Report on the Civil Veterinary Department, Eastern Bengal and Assam - 1907-1911
Year: 1907
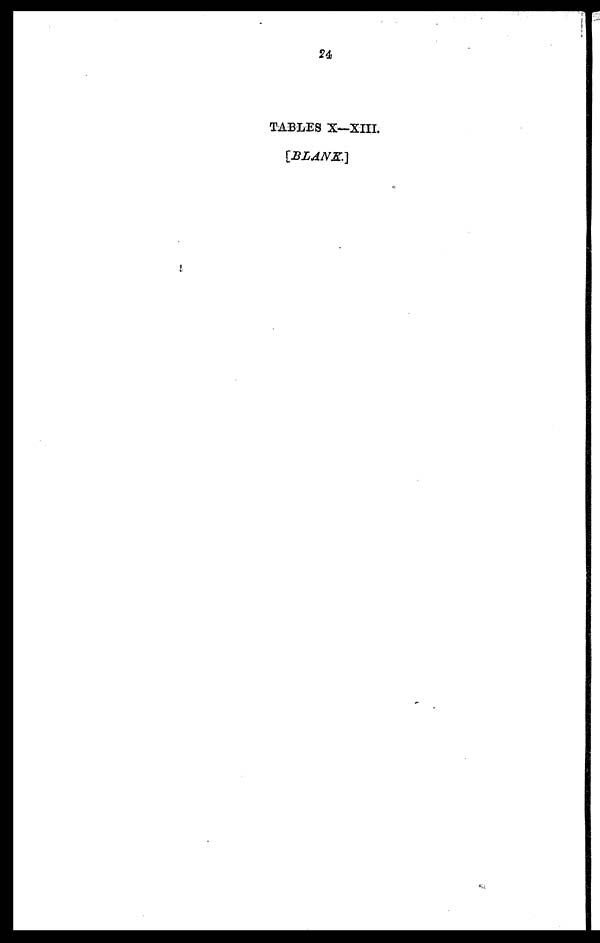
24
TABLES X—XIII.
[BLANK.]